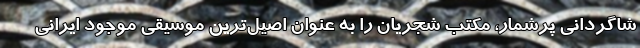
شاگردانی پرشمار، مکتب شجریان را به عنوان اصیل‌ترین موسیقی موجود ایرانی